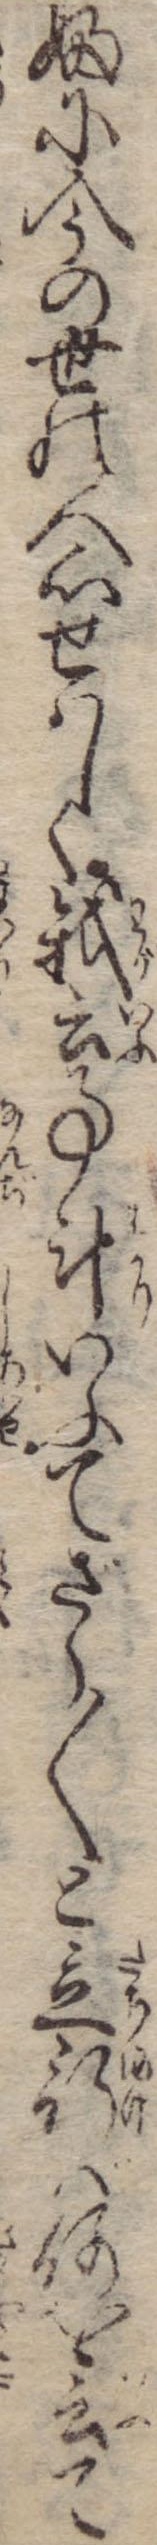
ふに今の世の人心せはしく我云事斗いふてざら〱と立行ば何を云て